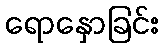
ရောနှောခြင်း